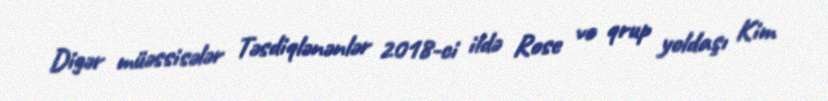
Digər müəssisələr Təsdiqlənənlər 2018-ci ildə Rose və qrup yoldaşı Kim